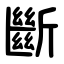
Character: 斷